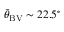
{ \bar { \theta } } _ { \mathrm { B V } } \sim 2 2 . 5 ^ { \circ }